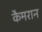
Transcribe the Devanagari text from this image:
कैमरान